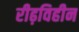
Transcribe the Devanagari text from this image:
रीढ़विहीन